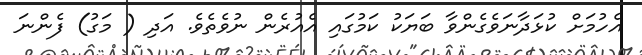
އެހުމަށް ކުޅަދާނަވެގެންވާ ބަޔަކު ކަމުގައި އެއުރެން ނުވެތެވެ. އަދި ( މަގު) ފެންނަ